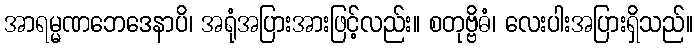
အာရမ္မဏဘေဒေနာပိ၊ အရုံအပြားအားဖြင့်လည်း။ စတုဗ္ဗိဓံ၊ လေးပါးအပြားရှိသည်။